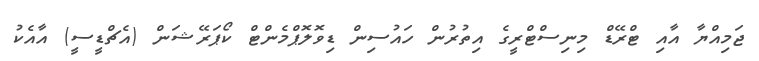
ޖަމިއްޔާ އާއި ޓްރޭޑް މިނިސްޓްރީގެ އިތުރުން ހައުސިން ޑިވޮލޮޕްމެންޓް ކޯޕަރޭޝަން (އެޗްޑީސީ) އާއެކު